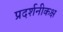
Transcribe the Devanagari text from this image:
प्रदर्शनीकक्ष